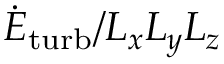
\dot { E } _ { \mathrm { t u r b } } / L _ { x } L _ { y } L _ { z }